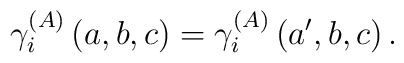
\gamma _{i}^{\left( A\right) }\left( a,b,c\right) =\gamma _{i}^{\left(A\right) }\left( a^{\prime },b,c\right) .